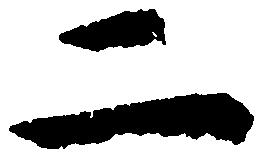
二